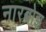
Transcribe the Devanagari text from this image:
नारबोझ